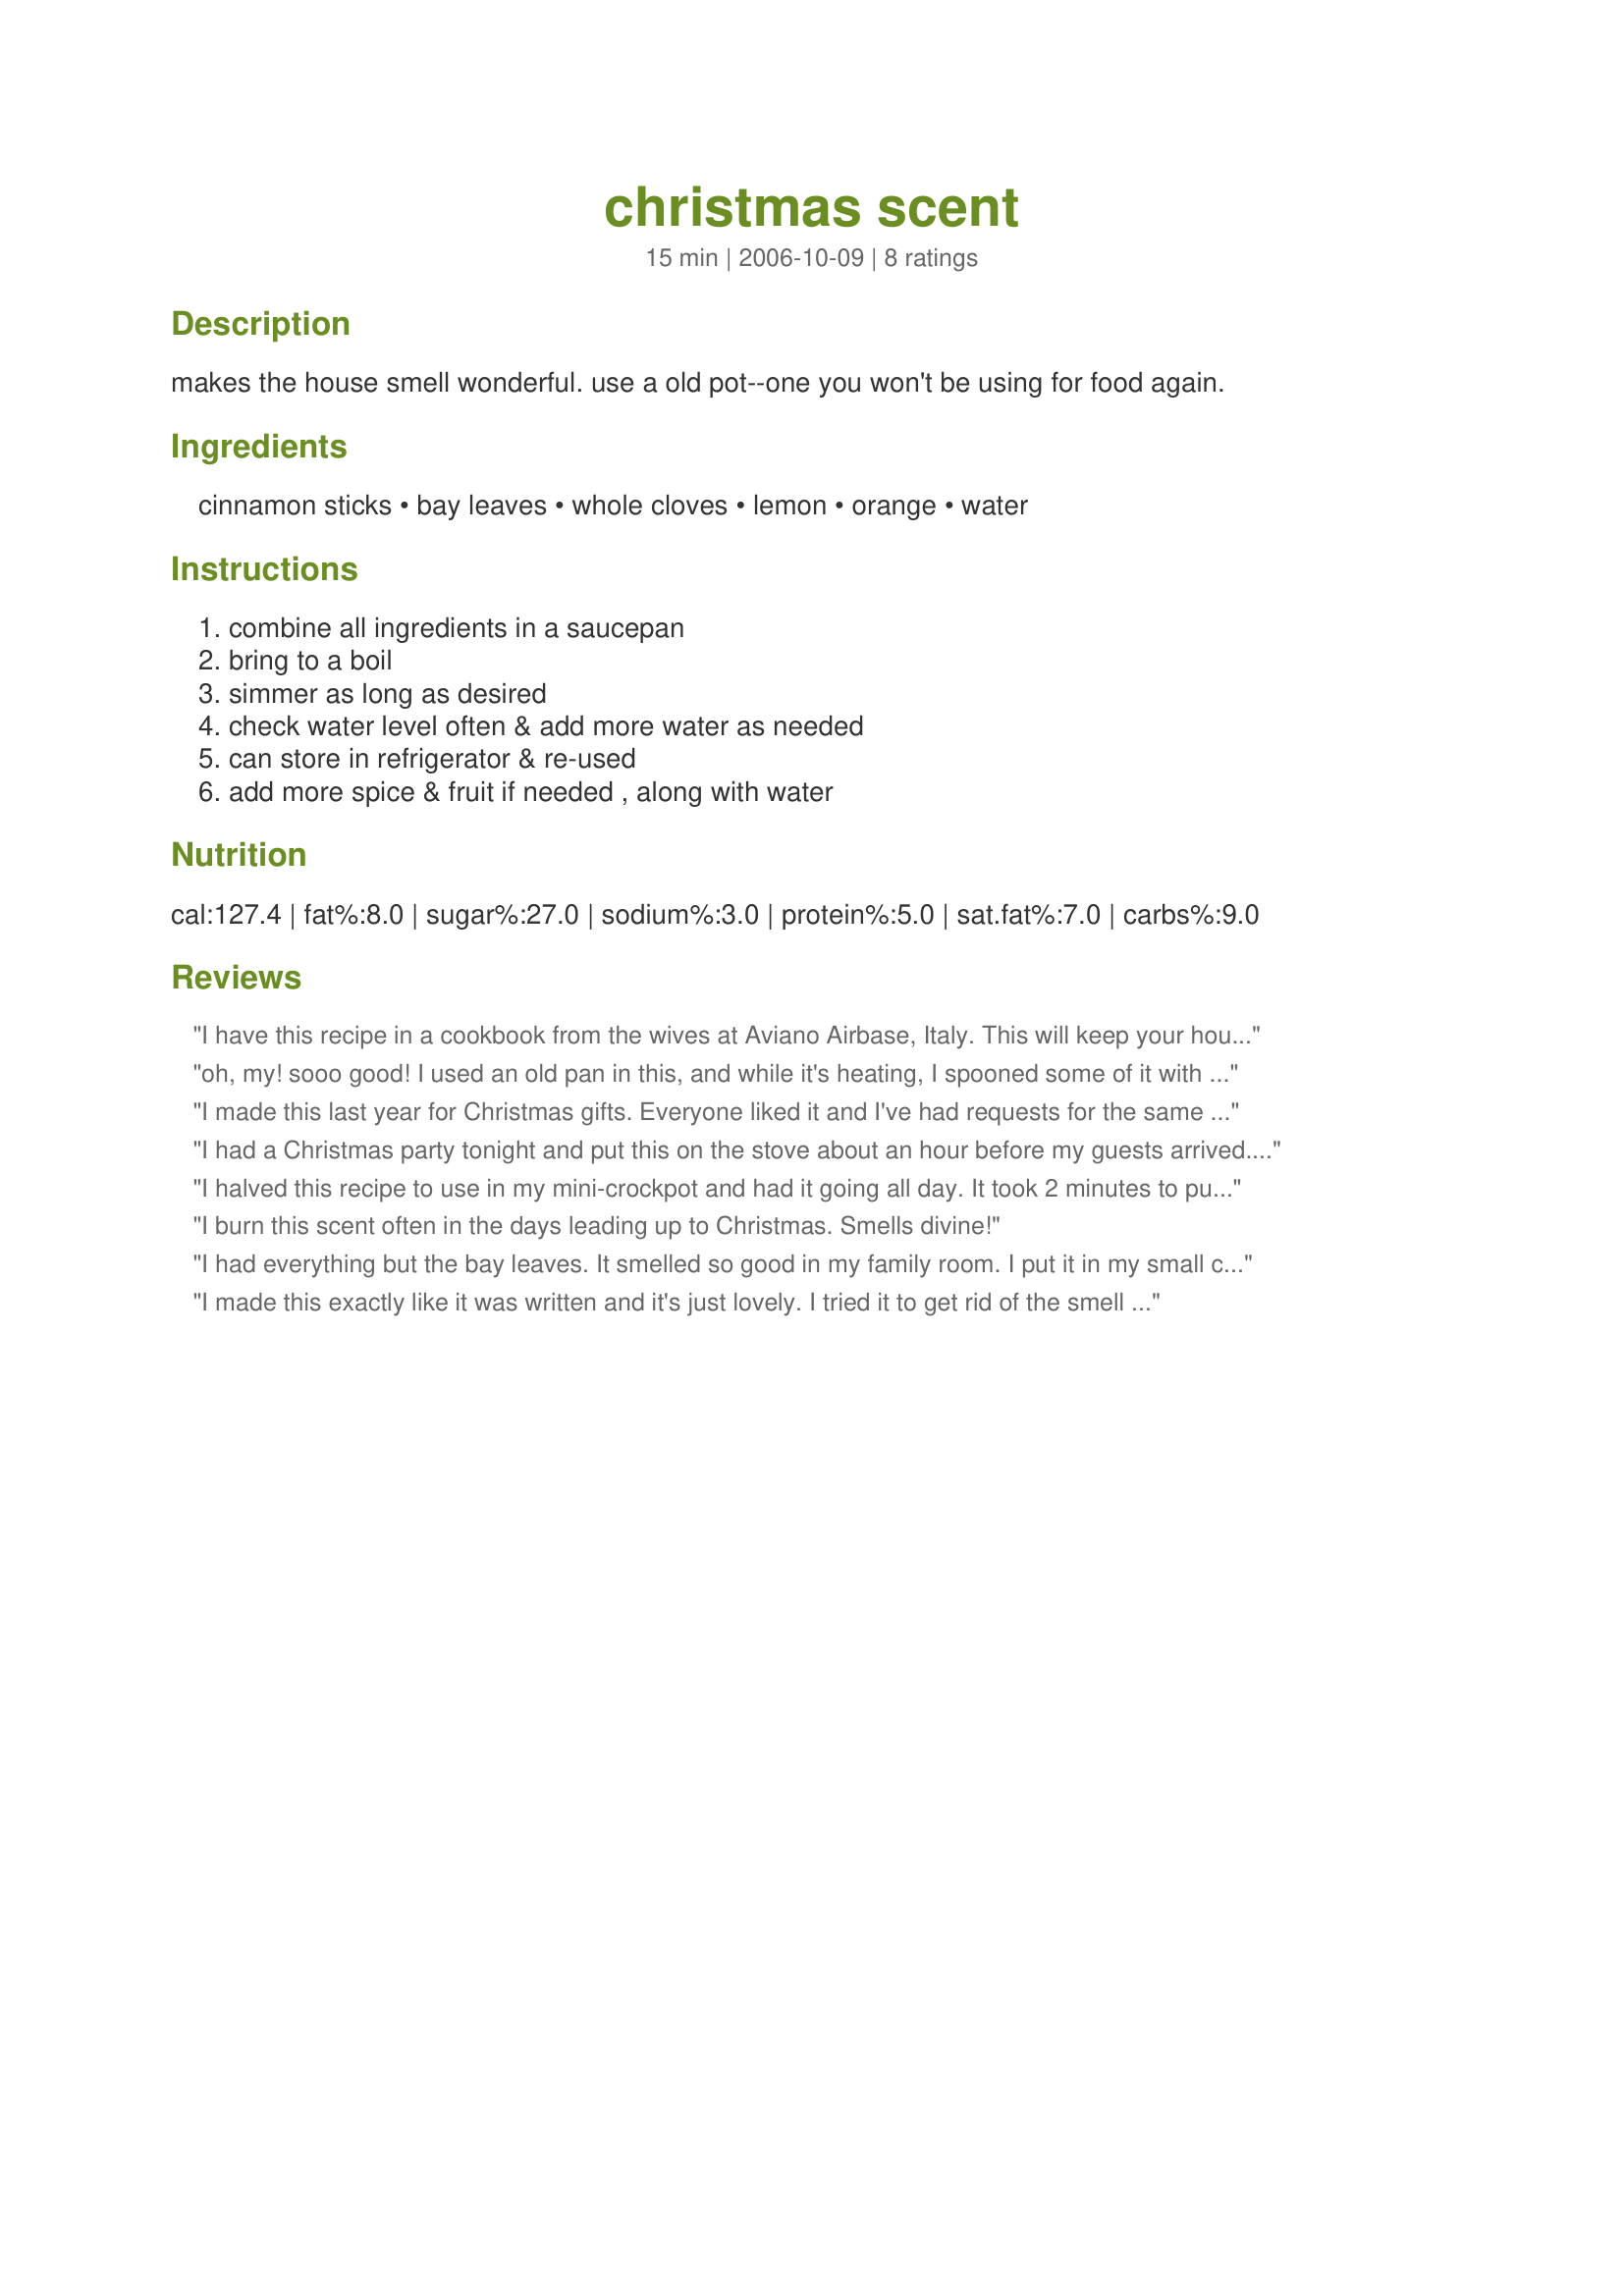
christmas scent
Preparation time: 15 minutes

makes the house smell wonderful.
use a old pot--one you won't be using for food again.

Ingredients:
cinnamon sticks, bay leaves, whole cloves, lemon, orange, water

Steps:
combine all ingredients in a saucepan, bring to a boil, simmer as long as desired, check water level often & add more water as needed, can store in refrigerator & re-used, add more spice & fruit if needed , along with water

Reviews:
I have this recipe in a cookbook from the wives at Aviano Airbase, Italy. This will keep your house smelling heavenly for days. I have a little crockette that I put mine in so I don't have to run my gas stove.
oh, my! sooo good! I used an old pan in this, and while it's heating, I spooned some of it with an orange & lemon slice for my oil burner. It smells like those of expensive vials of oil perfumes. Now I don't have to spend that much! It covered the scent of burnt smoke from the oven after I baked. Thank you very much! Perfect! *all praises*
I made this last year for Christmas gifts. Everyone liked it and I've had requests for the same thing this year.
I had a Christmas party tonight and put this on the stove about an hour before my guests arrived. My entire downstairs smells wonderful! Thanks so much, Katha!
I halved this recipe to use in my mini-crockpot and had it going all day. It took 2 minutes to put together and the house smelled fantastic. Thanks, Katha. I'll be using this again.
I burn this scent often in the days leading up to Christmas. Smells divine!
I had everything but the bay leaves. It smelled so good in my family room. I put it in my small crockpot. I have added additional water and it is still burning the day after Thanksgiving. Thank you Katha!
I made this exactly like it was written and it's just lovely. I tried it to get rid of the smell of frying french fries and it was perfect. It was so festive. Thanks.
